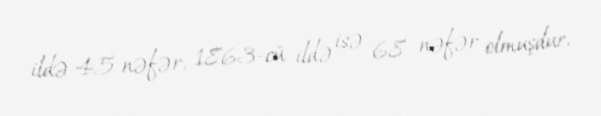
ildə 45 nəfər, 1863-cü ildə isə 68 nəfər olmuşdur.